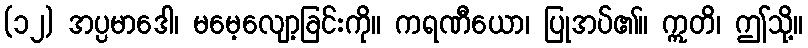
(၁၂) အပ္ပမာဒေါ၊ မမေ့လျော့ခြင်းကို။ ကရဏီယော၊ ပြုအပ်၏။ ဣတိ၊ ဤသို့။